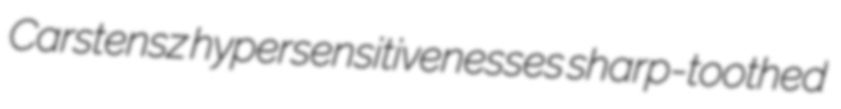
Carstensz hypersensitivenesses sharp-toothed